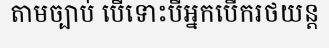
តាមច្បាប់ បើទោះបីអ្នកបើករថយន្ត